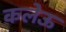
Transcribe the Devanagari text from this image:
कलेऊ